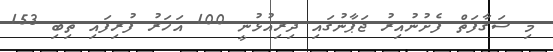
މި ސަގާފަތް ފެށުނުއިރު ޖަޕާނުގައި ދިރިއުޅުނީ 100 އަހަރު ފުރިފައި ތިބި 153